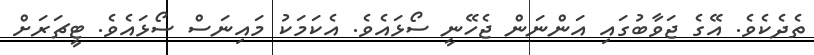
ތެދެކެވެ. އޭގެ ޖަވާބުގައި އަންނަން ޖެހޭނީ ސޯޅައެވެ. އެކަމަކު މައިނަސް ސޯޅައެވެ. ޓީޗަރަށް